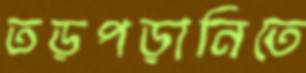
তড়পড়ানিতে